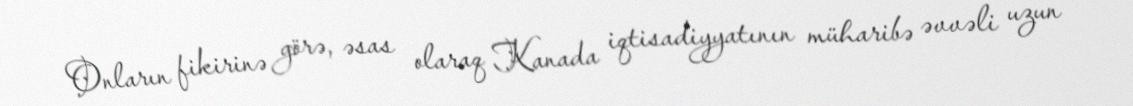
Onların fikirinə görə, əsas olaraq Kanada iqtisadiyyatının müharibə əvvəli uzun